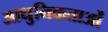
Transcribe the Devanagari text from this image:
आधुनिकताओं